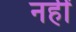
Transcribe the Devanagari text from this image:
नहीें